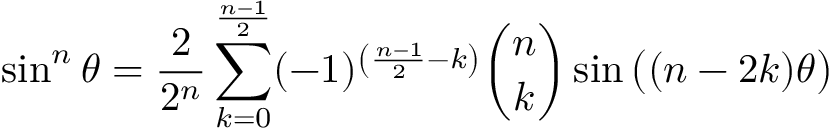
\sin ^ { n } \theta = { \frac { 2 } { 2 ^ { n } } } \sum _ { k = 0 } ^ { \frac { n - 1 } { 2 } } ( - 1 ) ^ { \left( { \frac { n - 1 } { 2 } } - k \right) } { \binom { n } { k } } \sin { { \big ( } ( n - 2 k ) \theta { \big ) } }